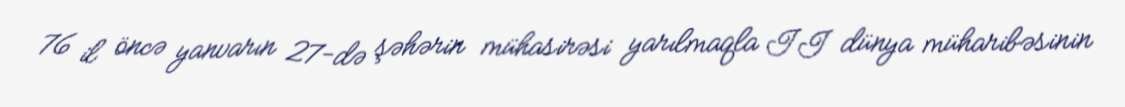
76 il öncə yanvarın 27-də şəhərin mühasirəsi yarılmaqla II dünya müharibəsinin